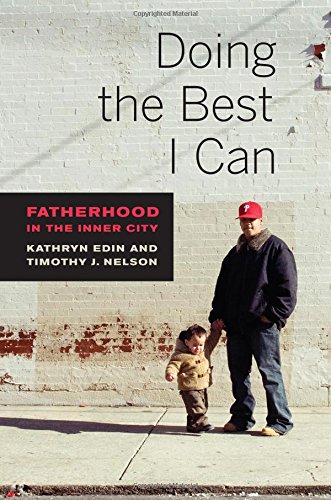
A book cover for Doing the Best I Can: Fatherhood in the Inner City; Kathryn Edin; Parenting & Relationships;